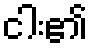
ငါး၏